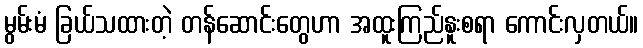
မွမ်းမံ ခြယ်သထားတဲ့ တန်ဆောင်းတွေဟာ အထူးကြည်နူးစရာ ကောင်းလှတယ်။